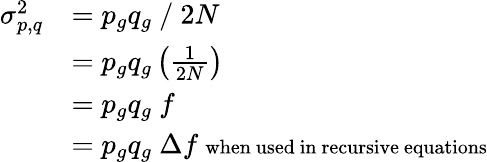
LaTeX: {\begin{array}{rl}{\sigma_{p,q}^{2}}&{=p_{g}q_{g}\ /\ 2N}\\ &{=p_{g}q_{g}\left({\frac{1}{2N}}\right)}\\ &{=p_{g}q_{g}\ f}\\ &{=p_{g}q_{g}\ \Delta f\ \scriptstyle{\mathrm{when~used~in~recursive~equations}}}\end{array}}